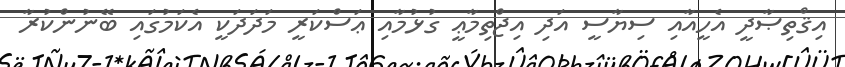
އިޤްތިޞާދީ އެހީއާއި ސިޔާސީ އަދި އިޖްތިމާޢީ ގުޅުމާއި ޢަސްކަރީ މަދަދަކީ އެކަމުގައި ބޭނުންކުރާ